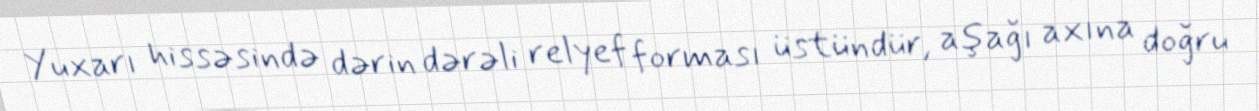
Yuxarı hissəsində dərin dərəli relyef forması üstündür, aşağı axına doğru